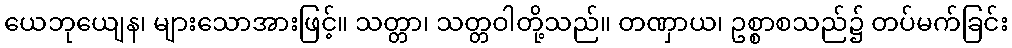
ယေဘုယျေန၊ များသောအားဖြင့်။ သတ္တာ၊ သတ္တဝါတို့သည်။ တဏှာယ၊ ဥစ္စာစသည်၌ တပ်မက်ခြင်း